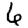
Digit: 6